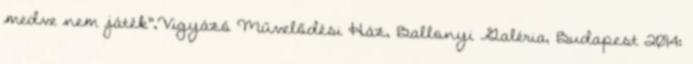
medve nem játék”,Vigyázó Művelődési Ház, Ballonyi Galéria, Budapest 2014: